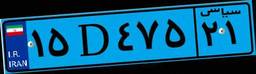
۱۵D۴۷۵۲۱